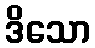
ဒိသော